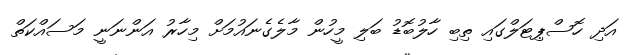
އަދި ހޮސްޕިޓަލްގައި ތިބި ހާލުބޮޑު ބަލި މީހުން މާލެގެނައުމަށް މިހާރު އަންނަނީ މަސައްކަތް